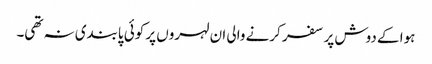
ہوا کے دوش پر سفر کرنے والی ان لہروں پر کوئی پابندی نہ تھی۔